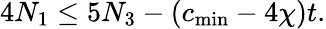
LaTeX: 4N_{1}\leq 5N_{3}-(c_{\mathrm{min}}-4\chi)t.